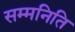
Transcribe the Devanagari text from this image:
सम्मनिति